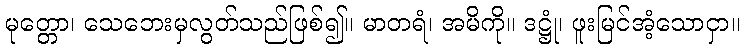
မုတ္တော၊ သေဘေးမှလွတ်သည်ဖြစ်၍။ မာတရံ၊ အမိကို။ ဒဋ္ဌုံ၊ ဖူးမြင်အံ့သောငှာ။